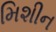
મિશીન